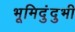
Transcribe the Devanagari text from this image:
भूमिदुंदुभी